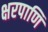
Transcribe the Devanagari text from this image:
क्षरपाणि